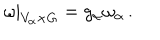
LaTeX: \omega | _ { V _ { \alpha } \times G } = g _ { \alpha } \omega _ { \alpha } \, .